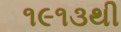
૧૯૧૩થી